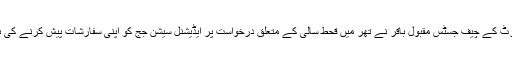
سندھ ہائی کورٹ کے چیف جسٹس مقبول باقر نے تھر میں قحط سالی کے متعلق درخواست پر ایڈیشنل سیشن جج کو اپنی سفارشات پیش کرنے کی ہدایت دی تھی۔